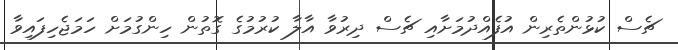
ޗެސް ކުޅުންތެރިން އުފެއްދުމަށާއި ޗެސް ދިރުވާ އާލާ ކުރުމުގެ ގޮތުން ހިންގުމަށް ހަމަޖެހިފައިވާ